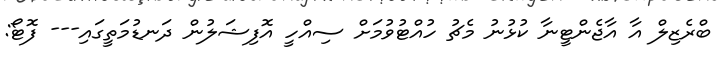
ބްރެޒިލް އާ އާޖެންޓީނާ ކުޅުނު މެޗު ހުއްޓުވުމަށް ސިއްހީ އޮފިޝަލުން ދަނޑުމަތީގައި--- ފޮޓޯ: